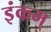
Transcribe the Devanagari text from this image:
इंकम्